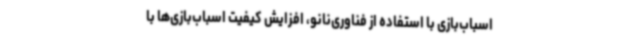
اسباب‌بازی با استفاده از فناوری‌نانو، افزایش کیفیت اسباب‌بازی‌ها با